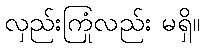
လှည်းကြုံလည်း မရှိ။